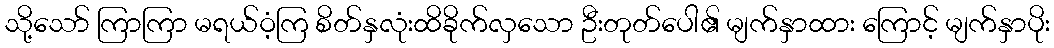
သို့သော် ကြာကြာ မရယ်ဝံ့ကြ စိတ်နှလုံးထိခိုက်လှသော ဦးတုတ်ပေါ၏ မျက်နှာထား ကြောင့် မျက်နှာပိုး